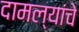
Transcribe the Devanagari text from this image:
दामल्यांचे